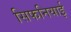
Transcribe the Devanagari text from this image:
सिफनियाई